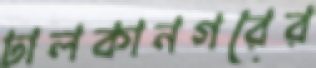
ঢালকানগরের